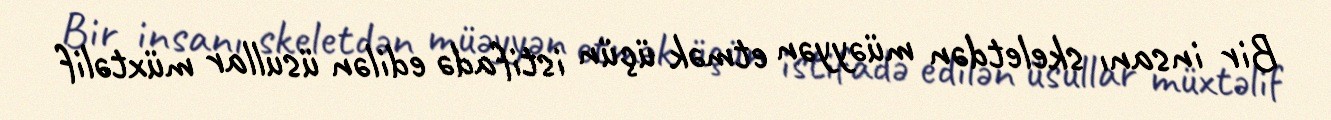
Bir insanı skeletdən müəyyən etmək üçün istifadə edilən üsullar müxtəlif